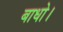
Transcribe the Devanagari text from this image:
बाधो।